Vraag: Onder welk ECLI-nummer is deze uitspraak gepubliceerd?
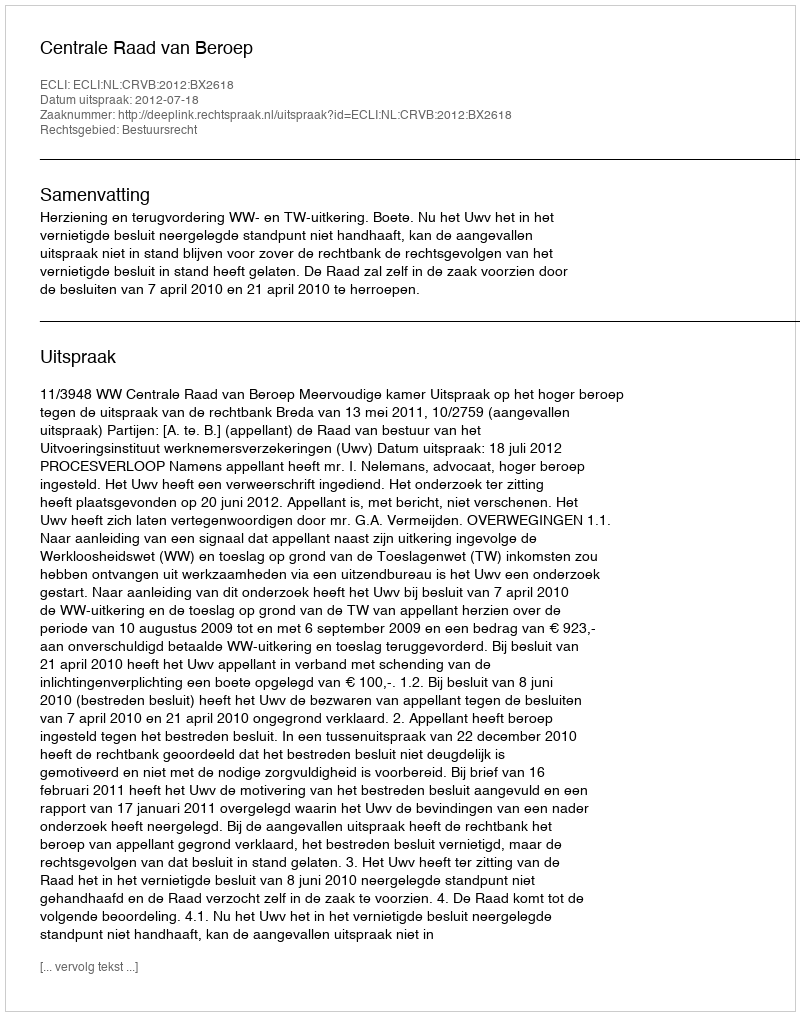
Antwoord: ECLI:NL:CRVB:2012:BX2618